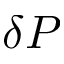
\delta P